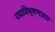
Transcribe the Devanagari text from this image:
पद्मविभूषणप्राप्त